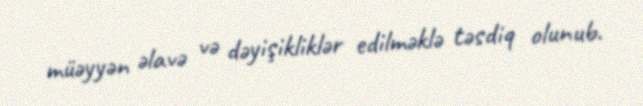
müəyyən əlavə və dəyişikliklər edilməklə təsdiq olunub.